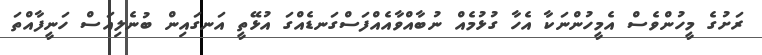
ރަށުގެ މީހުންވެސް އެމީހުންނަކާ އެހާ ގުޅުމެއް ނުބާއްވާއެއްފަސްގަނޑެއްގަ އުޅޭތީ އަނގައިން ބުނެލިއަސް ހަނީފާއްތަ